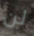
لن